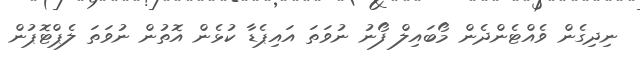
ނިދިގެން ވެއްޓެންދެން މޯބައިލް ފޯނު ނުވަތަ އައިޕެޑާ ކުޅެން އޮތުން ނުވަތަ ލެޕްޓޮޕުން